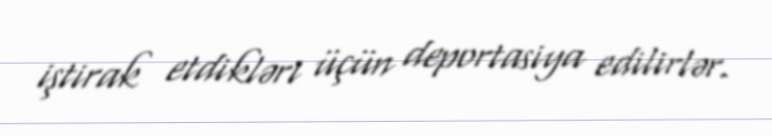
iştirak etdikləri üçün deportasiya edilirlər.